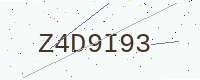
Text: Z4D9I93